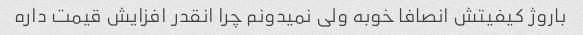
باروژ کیفیتش انصافا خوبه ولی نمیدونم چرا انقدر افزایش قیمت داره